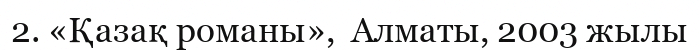
2. «Қазақ романы»,  Алматы, 2003 жылы